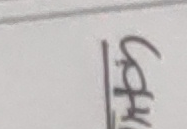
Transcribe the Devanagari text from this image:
लेख